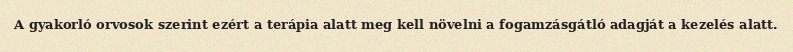
A gyakorló orvosok szerint ezért a terápia alatt meg kell növelni a fogamzásgátló adagját a kezelés alatt.